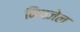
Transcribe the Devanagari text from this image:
निपजेल